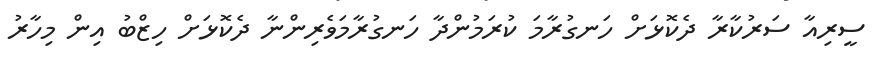
ސީރިއާ ސަރުކާރާ ދެކޮޅަށް ހަނގުރާމަ ކުރަމުންދާ ހަނގުރާމަވެރިންނާ ދެކޮޅަށް ހިޒްބު އިން މިހާރު